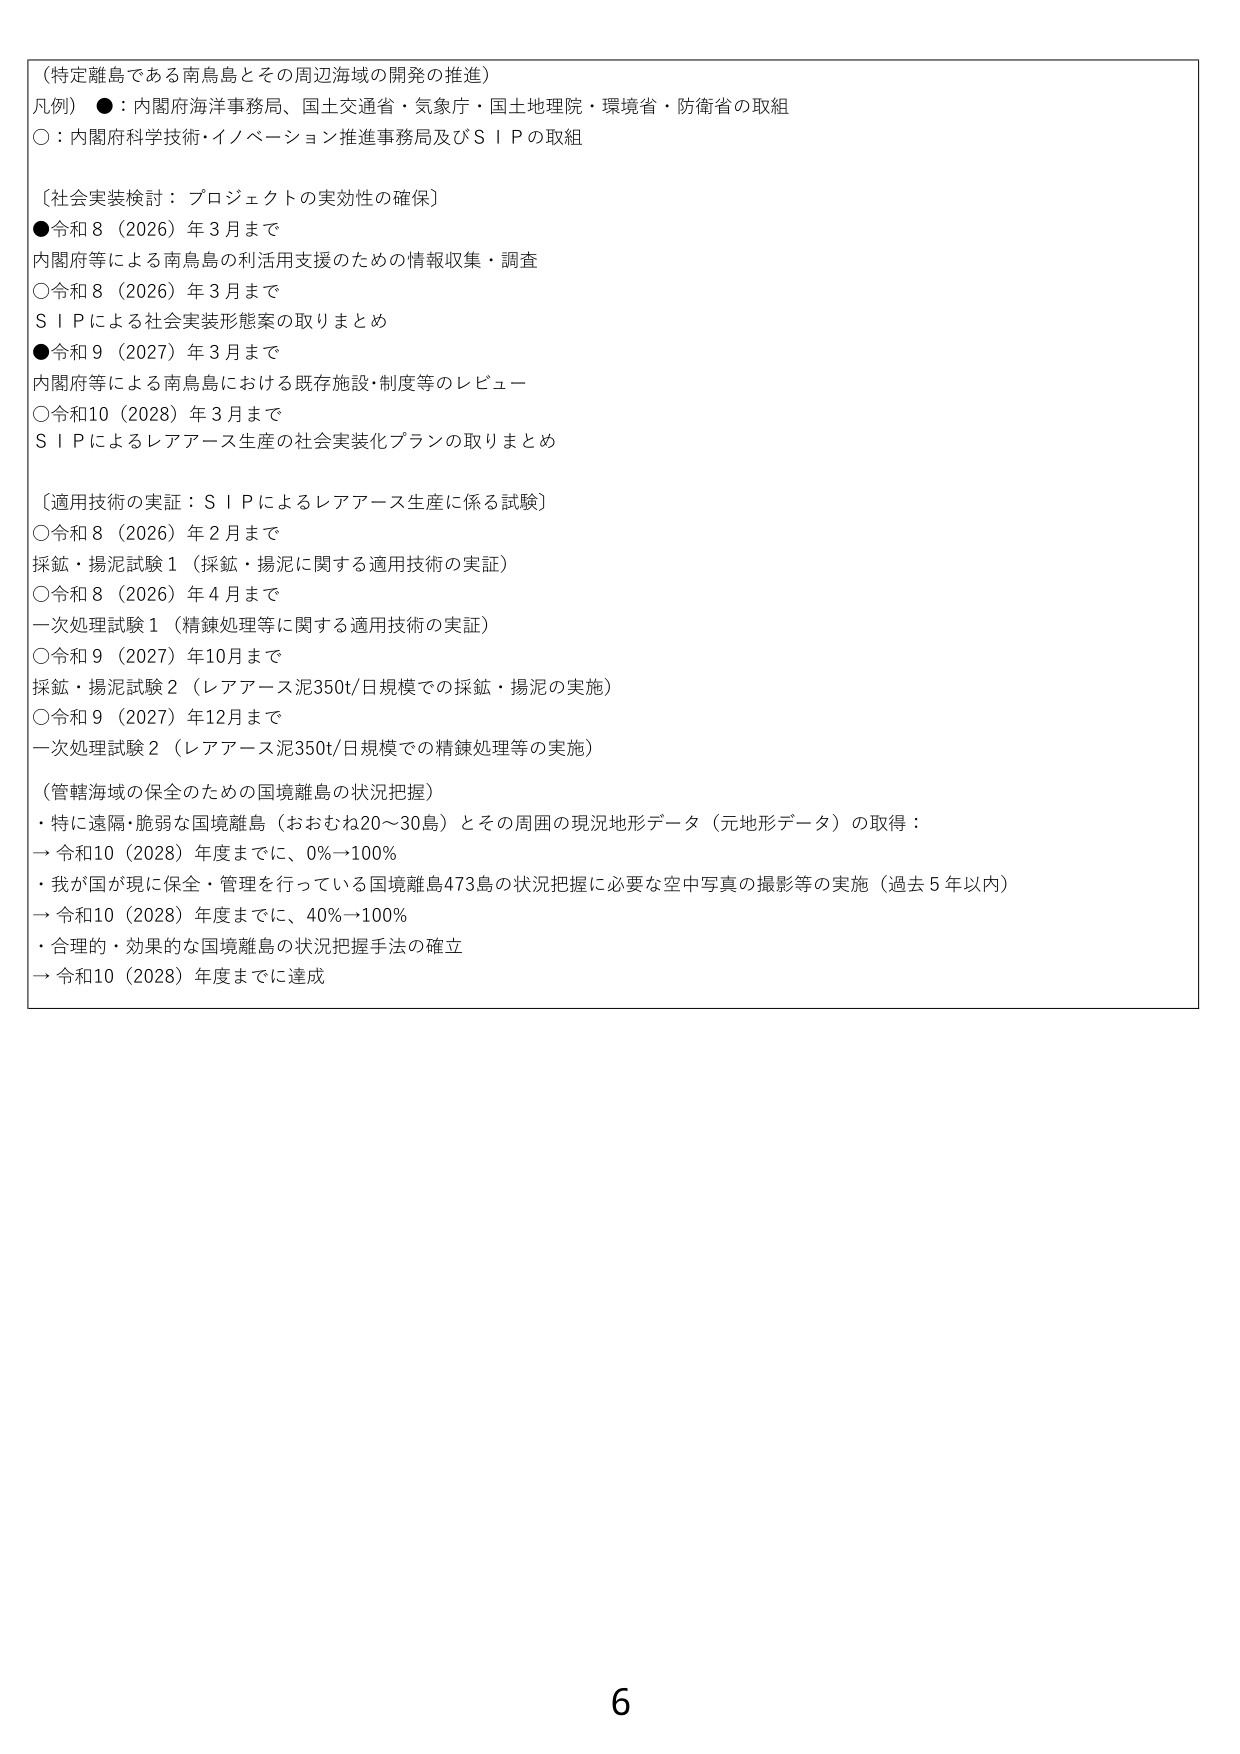
（特定離島である南鳥島とその周辺海域の開発の推進）
凡例） ●：内閣府海洋事務局、国土交通省・気象庁・国土地理院・環境省・防衛省の取組
○：内閣府科学技術・イノベーション推進事務局及びＳＩＰの取組

〔社会実装検討：プロジェクトの実効性の確保〕
●令和８（2026）年３月まで
内閣府等による南鳥島の利活用支援のための情報収集・調査
○令和８（2026）年３月まで
ＳＩＰによる社会実装形態案の取りまとめ
●令和９（2027）年３月まで
内閣府等による南鳥島における既存施設・制度等のレビュー
○令和10（2028）年３月まで
ＳＩＰによるレアアース生産の社会実装化プランの取りまとめ

〔適用技術の実証：ＳＩＰによるレアアース生産に係る試験〕
○令和８（2026）年２月まで
採鉱・揚泥試験１（採鉱・揚泥に関する適用技術の実証）
○令和８（2026）年４月まで
一次処理試験１（精錬処理等に関する適用技術の実証）
○令和９（2027）年10月まで
採鉱・揚泥試験２（レアアース泥350t/日規模での採鉱・揚泥の実施）
○令和９（2027）年12月まで
一次処理試験２（レアアース泥350t/日規模での精錬処理等の実施）

（管轄海域の保全のための国境離島の状況把握）
・特に遠隔・脆弱な国境離島（おおむね20～30島）とその周囲の現況地形データ（元地形データ）の取得：
→ 令和10（2028）年度までに、0%→100%
・我が国が現に保全・管理を行っている国境離島473島の状況把握に必要な空中写真の撮影等の実施（過去５年以内）
→ 令和10（2028）年度までに、40%→100%
・合理的・効果的な国境離島の状況把握手法の確立
→ 令和10（2028）年度までに達成

6